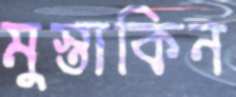
মুস্তাকিন